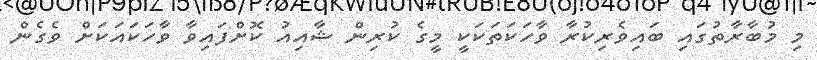
މި މުބާރާތުގައި ބައިވެރިކުރާ ވާހަކަތަކަކީ މީގެ ކުރިން ޝާއިއު ކޮށްފައިވާ ވާހަކައަކަށް ވެގެން